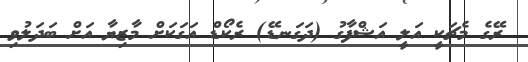
ރޭގެ މެޗަކީ އަލީ އަޝްފާގު (ދަގަނޑޭ) ރެކޯޑް އަގަކަށް މާޒިޔާ އަށް ބަދަލުވި